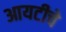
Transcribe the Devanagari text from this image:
आयटीचे